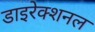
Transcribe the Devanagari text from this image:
डाइरेक्शनल